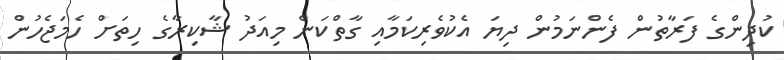
ކުދިންގެ ފަރާތުން ފެންނަމުން ދިޔަ އެކުވެރިކަމާއި ގާތްކަން މިއަދު ޝާކިރާގެ ހިތަށް ހެމަޖެހުން